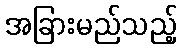
အခြားမည်သည့်